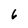
Character: 6